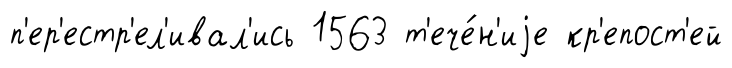
п'ер'естр'ел'ивал'ись 1563 т'ече́н'иjе кр'епост'ей